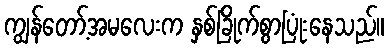
ကျွန်တော့်အမလေးက နှစ်ခြိုက်စွာပြုံးနေသည်။